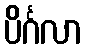
ပိင်္ဂလာ